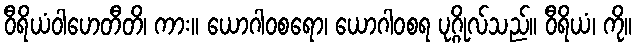
ဝီရိယံဝါဟေတီတိ၊ ကား။ ယောဂါဝစရော၊ ယောဂါဝစရ ပုဂ္ဂိုလ်သည်။ ဝီရိယံ၊ ကို။